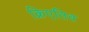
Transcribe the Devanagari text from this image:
क्रिएतिव